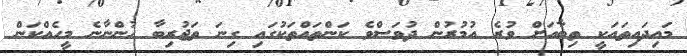
މައިދައިތައަކީ ތިބާއަށް ވުރެ އުމުރުން ދުވަސްވެ ކަންތައްތަކުގައި ގިނަ ތަޖުރިބާ ހުންނާނެ މީހެއްކަން